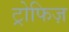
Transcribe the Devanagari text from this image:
ट्रोफिज़